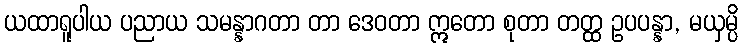
ယထာရူပါယ ပညာယ သမန္နာဂတာ တာ ဒေဝတာ ဣတော စုတာ တတ္ထ ဥပပန္နာ, မယှမ္ပိ